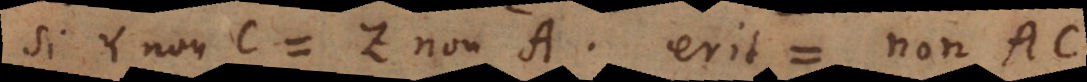
Si Y non-C = Z non-A, erit = [ non AC